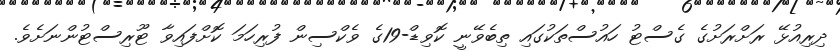
ދިރިއުޅޭ ރަށްރަށުގެ ގެސްޓު ހައުސްތަކުގައި ތިބެވޭނީ ކޮވިޑް-19ގެ ވެކްސިން ފުރިހަމަ ކޮށްފައިވާ ޓޫރިސްޓުންނަށެވެ.